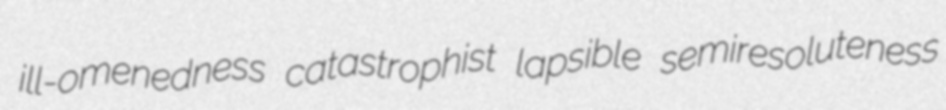
ill-omenedness catastrophist lapsible semiresoluteness